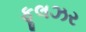
ફૂલઝર